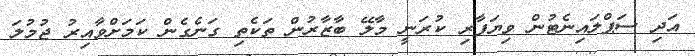
އަދި ސަޕްލައިނެޓުން ވިޔަފާރި ކުރަނީ މާލޭ ބާޒާރުން ތަކެތި ގަނެގެން ކަމަށްވާއިރު ޖުމުލަ